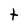
Character: t